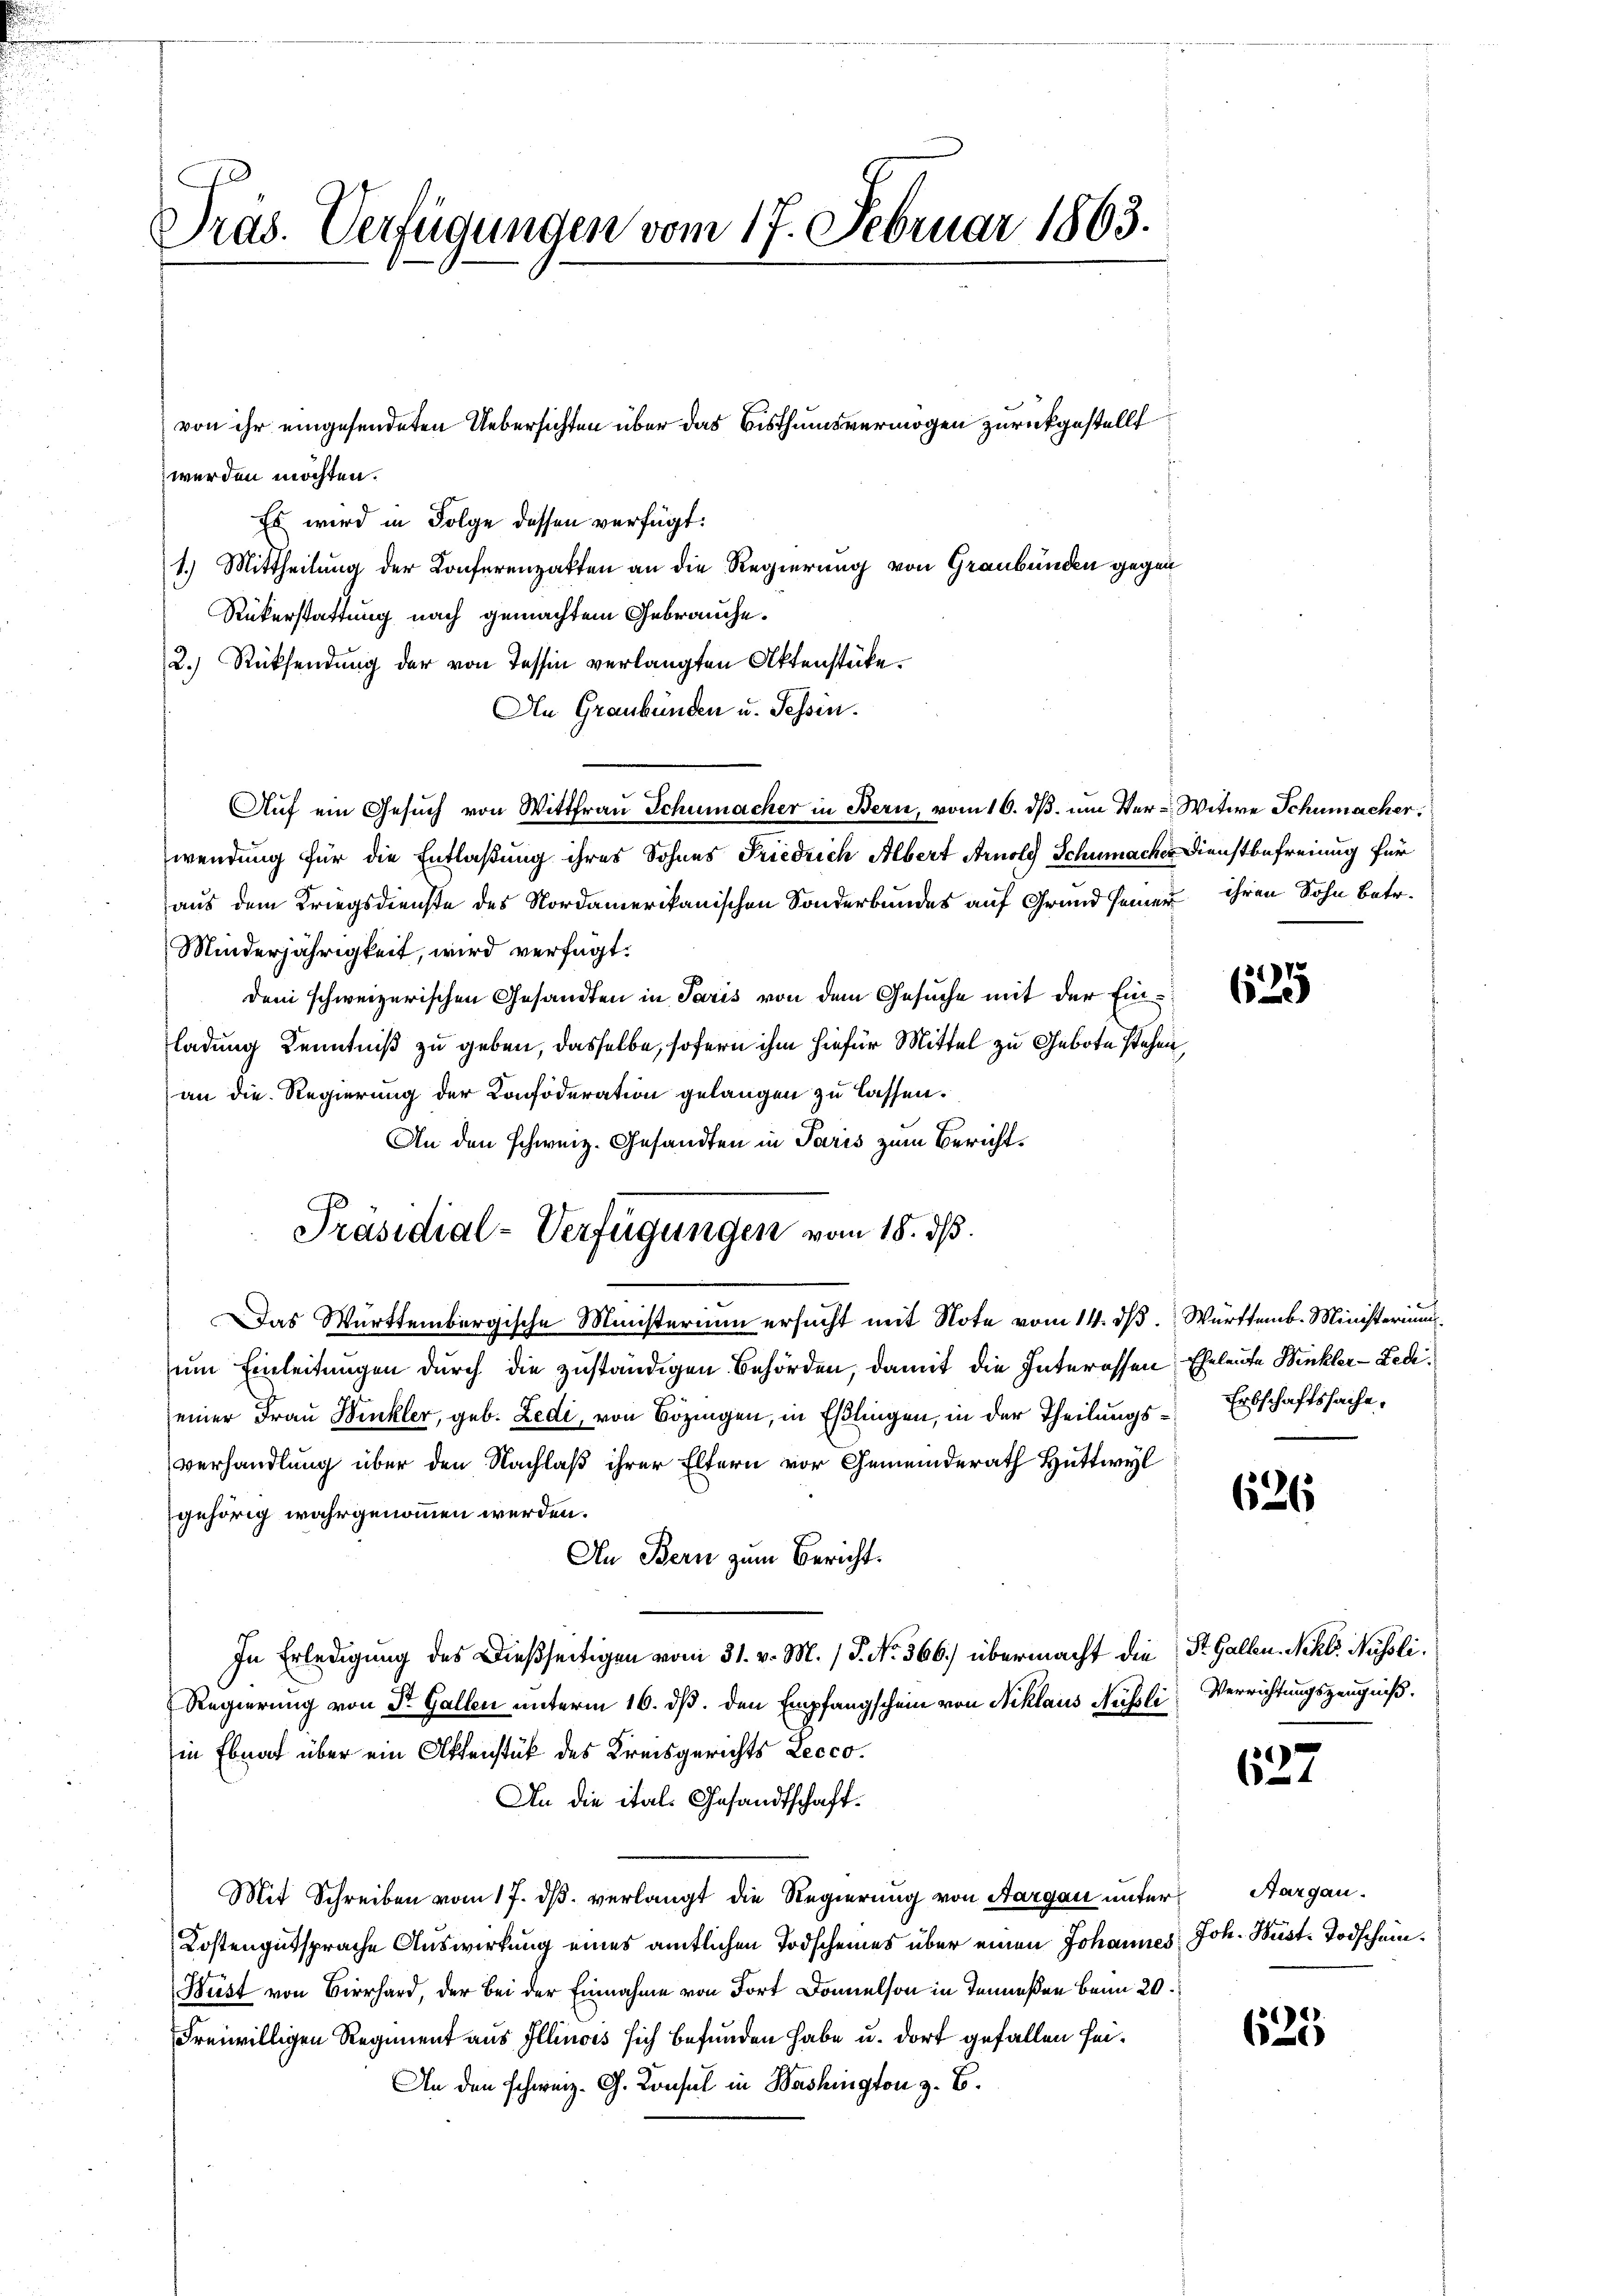
Pras. Verfügungen vom 17. Februar 1863.

werden möchten.
Es wird in Folge dessen verfügt:
1.) Mittheilung der Konferenzakten an die Regierung von Graubünden gegen
Rükerstattung nach gemachtem Gebrauche.
2.) Rücksendung der von Tessin verlangten Aktenstücke.
An Graubünden u. Tessin.
Aŭf ein Gesŭch von Wittfrau Schumacher in Bern, vom 16. dβ. um Ver-Witwe Schumacher
wendung für die Entlaßung ihres Sohnes Friedrich Albert Arnold Schumacher Dienstbefreiung für
aus dem Kriegsdienste des Nordamerikanischen Sonderbundes auf Grund seiner ihren Sohn betr.
Minderjährigkeit, wird verfügt:
dem schweizerischen Gesandten in Paris von dem Gesuche mit der Einladung Kenntniß zu geben, dasselbe, sofern ihm hiefür Mittel zu Gebote stehen,
an die Regierung der Confoderation gelangen zu lassen.
An den schweiz. Gesandten in Paris zum Bericht¬
DDas Württembergische Ministerium ersucht mit Note vom 14. dß. Württemb. Ministeriums
um Einleitungen durch die zuständigen Behörden, damit die Interessen Eheleute Winkler-Zedieiner Frau Winkler, geb. Ledi, von Bözingen, in Eßlingen, in der Theilungsverhandlung über den Nachlaß ihrer Eltern vor Gemeinderath Hüttwyl
gehörig wahrgenommen werden.
An Bern zum Bericht.
In Erledigung des Dießseitigen vom 31. v. M. / P. No. 566.) übermacht die St. Gallen. Nikls. Russli
Regierung von Dr. Gallen unterm 16. ds. den Empfangschein von Niklaus Nüssli
in Ebnat über ein Aktenstück des Kreisgerichts Lecco.
An die itals Gesandtschaft¬
Mit Schreiben vom 17. dβ verlangt die Regierung von Aargau unter Aargau.
Kostengutsprache Auswirkung eines amtlichen Todscheines über einen Johannes Joh. Huste Todschein¬
Bust von Birrhard, der Bei der Einnahme von Fort Donnelson in Jenneßen beim 20.
Freiwilligen Regiment aus Illinois sich befunden habe u. dort gefallen sei.
An den schweiz. G. Consul in Washington z. B.

von ihr eingesendeten Uebersichten über das Bisthumsvermögen zurückgestellt

Präsidial-Verfügungen vom 18. ds.

15
62

Erbschaftssache.

626

Verrichtungszeugniß.

637

625